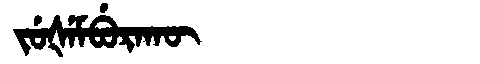
Manchu: ᠵᡠᡧᡝᠮᠪᡠᡵᠠᡴᡡ
Romanization: JUŠEMBURAKŪ